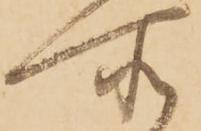
所